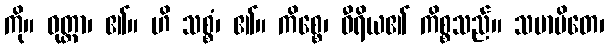
ကို။ ဝုတ္တာ၊ ၏။ ဟိ သစ္စံ၊ ၏။ ကိစ္စေ၊ ဝီရိယ၏ ကိစ္စသည်။ သမာပိတေ၊